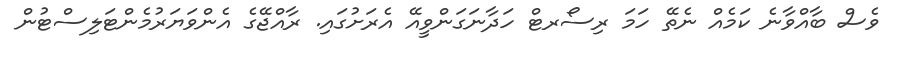
ވެސް ބާއްވާނެ ކަމެއް ނެތޭ ހަމަ ރިސޯރޓް ހަދާނަގަންވީއޭ އެރަށުގައި. ރާއްޖޭގެ އެންވަޔަރުމެންޓަލިސްޓުން